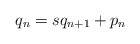
\begin{align*} q_n=sq_{n+1}+p_n \end{align*}